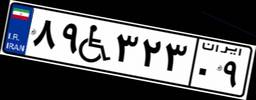
۸۹W۳۲۳۰۹